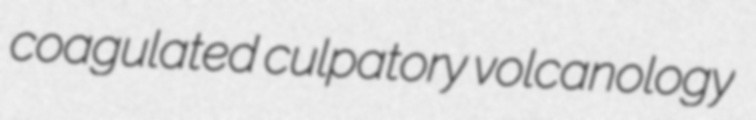
coagulated culpatory volcanology